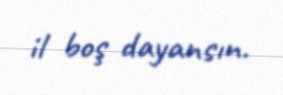
il boş dayansın.